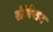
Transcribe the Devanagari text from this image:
सेंसेशन